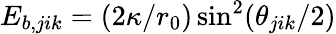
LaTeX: E_{b,jik}=(2\kappa/r_{0})\sin^{2}(\theta_{jik}/2)